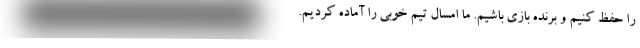
را حفظ کنیم و برنده بازی باشیم. ما امسال تیم خوبی را آماده کردیم.